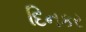
દિનકર